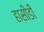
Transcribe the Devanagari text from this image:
हासीडी